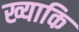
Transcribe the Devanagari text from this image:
ख्याकि